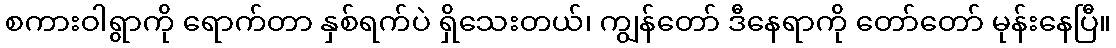
စကားဝါရွာကို ရောက်တာ နှစ်ရက်ပဲ ရှိသေးတယ်၊ ကျွန်တော် ဒီနေရာကို တော်တော် မုန်းနေပြီ။